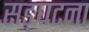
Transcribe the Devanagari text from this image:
सङ्घटना